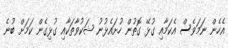
އެހެން ނަމަވެސް އެކަމާއި ގުޅޭ ގޮތުން ހުށައެޅުނު ޝަކުވާތަކާއި ގުޅިގެން ކަމަށް ބުނެ